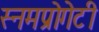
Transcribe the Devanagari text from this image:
स्नमप्रोगेटी